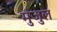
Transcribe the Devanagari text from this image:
मुंजुल